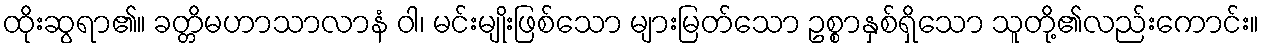
ထိုးဆွရာ၏။ ခတ္တိမဟာသာလာနံ ဝါ၊ မင်းမျိုးဖြစ်သော များမြတ်သော ဥစ္စာနှစ်ရှိသော သူတို့၏လည်းကောင်း။